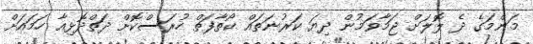
މަންމަގެ ދެ ލޮލަށް ޖަމާވަމުން ދިޔަ ކަރުނަތައް ކޯތާފަތް ހުރަސްކޮށް ދަތްދޮޅިއާ ހަމައަށް